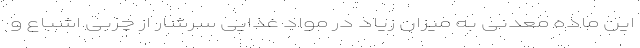
این ماده معدنی به میزان زیاد در مواد غذایی سرشار از چربی اشباع و